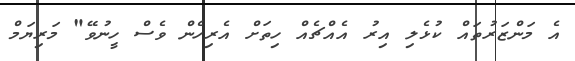
އެ މަންޒަރުތައް ކުޅެލި އިރު އެއްޗެއް ހިތަށް އެރިހެން ވެސް ހީނުވޭ" މަރިޔަމް